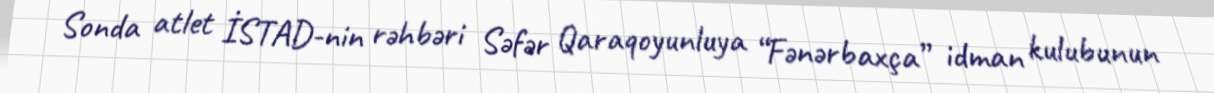
Sonda atlet İSTAD-nin rəhbəri Səfər Qaraqoyunluya “Fənərbaxça” idman kulubunun